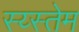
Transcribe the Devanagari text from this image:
स्य्स्तेम